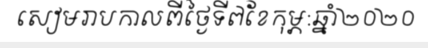
សៀមរាបកាលពីថ្ងៃទី៧ខែកុម្ភ:ឆ្នាំ២០២០